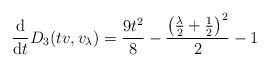
LaTeX: \begin{align*} \frac{\mathrm{d}}{\mathrm{d}t} D_{3}(tv, v_\lambda) =\frac{9 t^{2}}{8} - \frac{\left(\frac{\lambda}{2} + \frac{1}{2}\right)^{2}}{2} - 1 \end{align*}